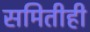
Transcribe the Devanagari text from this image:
समितीही